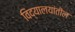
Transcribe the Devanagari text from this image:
विद्यालयांतील